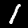
Label: 1